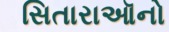
સિતારાઑનો